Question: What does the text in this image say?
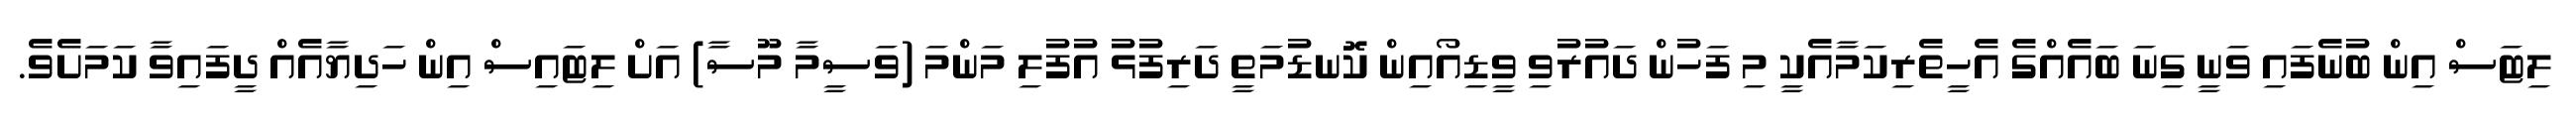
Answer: ލިޓަސް އިން ބުނެފައި ވަނީ ގިނަ ބައެއްގެ އެހީތެރިކަމާއެކީ މި ފަހުން ދައުރުވި ވީޑިއޯއިން ކޮނޑުމަތީ ދަރިފުޅު އުފުލި މަންމަ (ވަސީމާ މޫސާ) އަށް ލިޓައިސް އިން ހަދިޔާއެއް ދީފައިވާ ކަމަށެވެ.